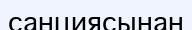
санциясынан